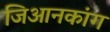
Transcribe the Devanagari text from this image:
जिआनकांग